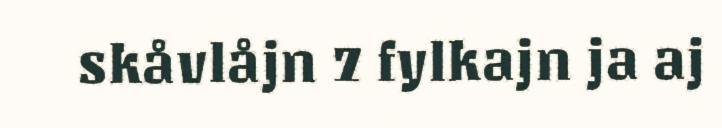
skåvlåjn 7 fylkajn ja aj